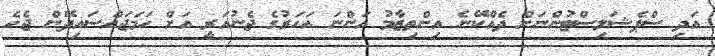
އަދި ސްޕެޝަލިސްޓުންނަށް ދެއްކޭނެ އިންތިޒާމު އަންނަ އަހަރުގެ ޖެނުއަރީ އަށް ހަމަޖައްސައިދޭން ޖެހެ